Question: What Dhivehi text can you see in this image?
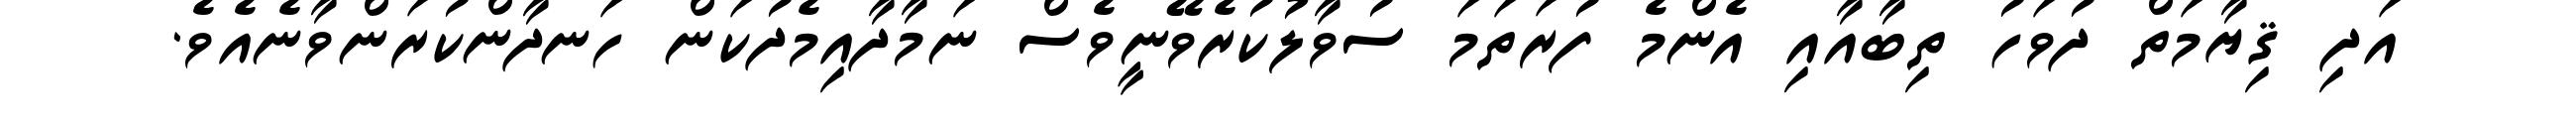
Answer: އަދި ޤިޔާމަތް ދުވަހު ތިބާއާއި އެންމެ ފުރަތަމަ ސުވާލުކުރެވޭނީވެސް ނަމާދާއިމެދުކަން ހަނދާންކުރަންވާނެއެވެ.